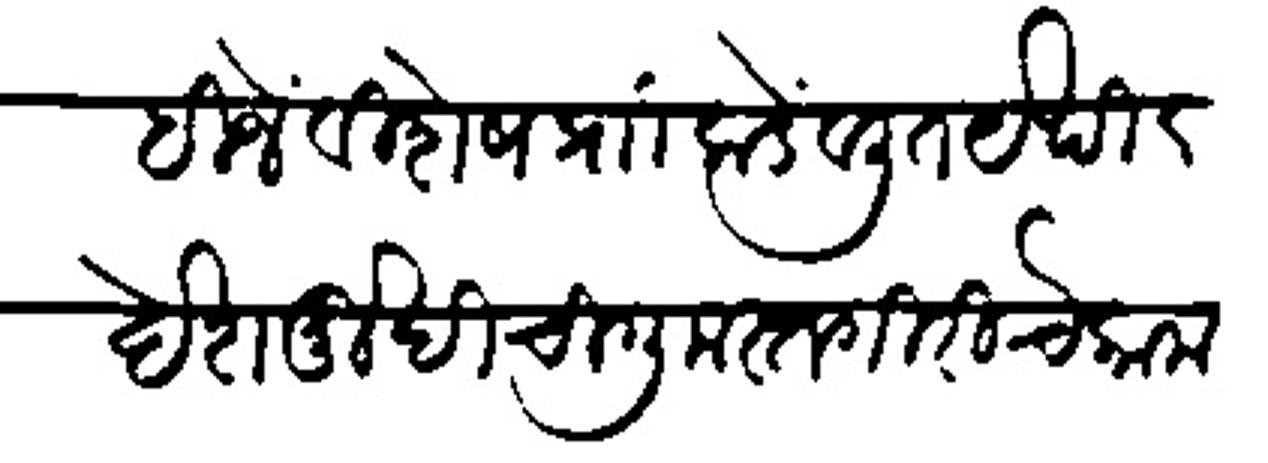
Transliteration (Devanagari): पाहिजे विशेष प्राा कडेवलीत येथील देशमुखीची गुमस्तगिरीचे काम